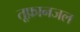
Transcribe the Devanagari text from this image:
तूफ़ानजल